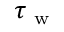
\tau _ { \mathrm { ~ w ~ } }